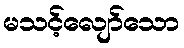
မသင့်လျော်သော